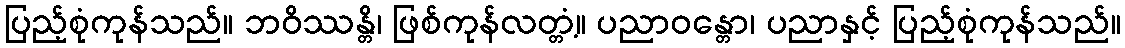
ပြည့်စုံကုန်သည်။ ဘဝိဿန္တိ၊ ဖြစ်ကုန်လတ္တံ့။ ပညာဝန္တော၊ ပညာနှင့် ပြည့်စုံကုန်သည်။